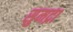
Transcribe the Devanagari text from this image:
सुमद्रा